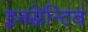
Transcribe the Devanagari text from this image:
इनसेन्टिव